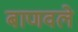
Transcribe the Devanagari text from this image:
बाणवले